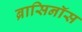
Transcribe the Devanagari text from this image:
ब्रासिनॉस